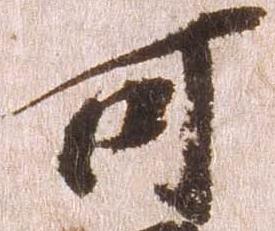
可